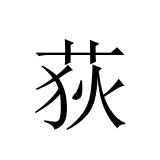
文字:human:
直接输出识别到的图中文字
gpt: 荻